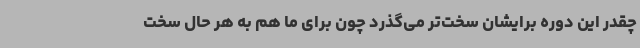
چقدر این دوره برایشان سخت‌تر می‌گذرد چون برای ما هم به هر حال سخت